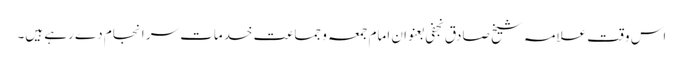
اس وقت علامہ شیخ صادق نجفی بعنوان امام جمعہ و جماعت خدمات سر انجام دے رہے ہیں۔